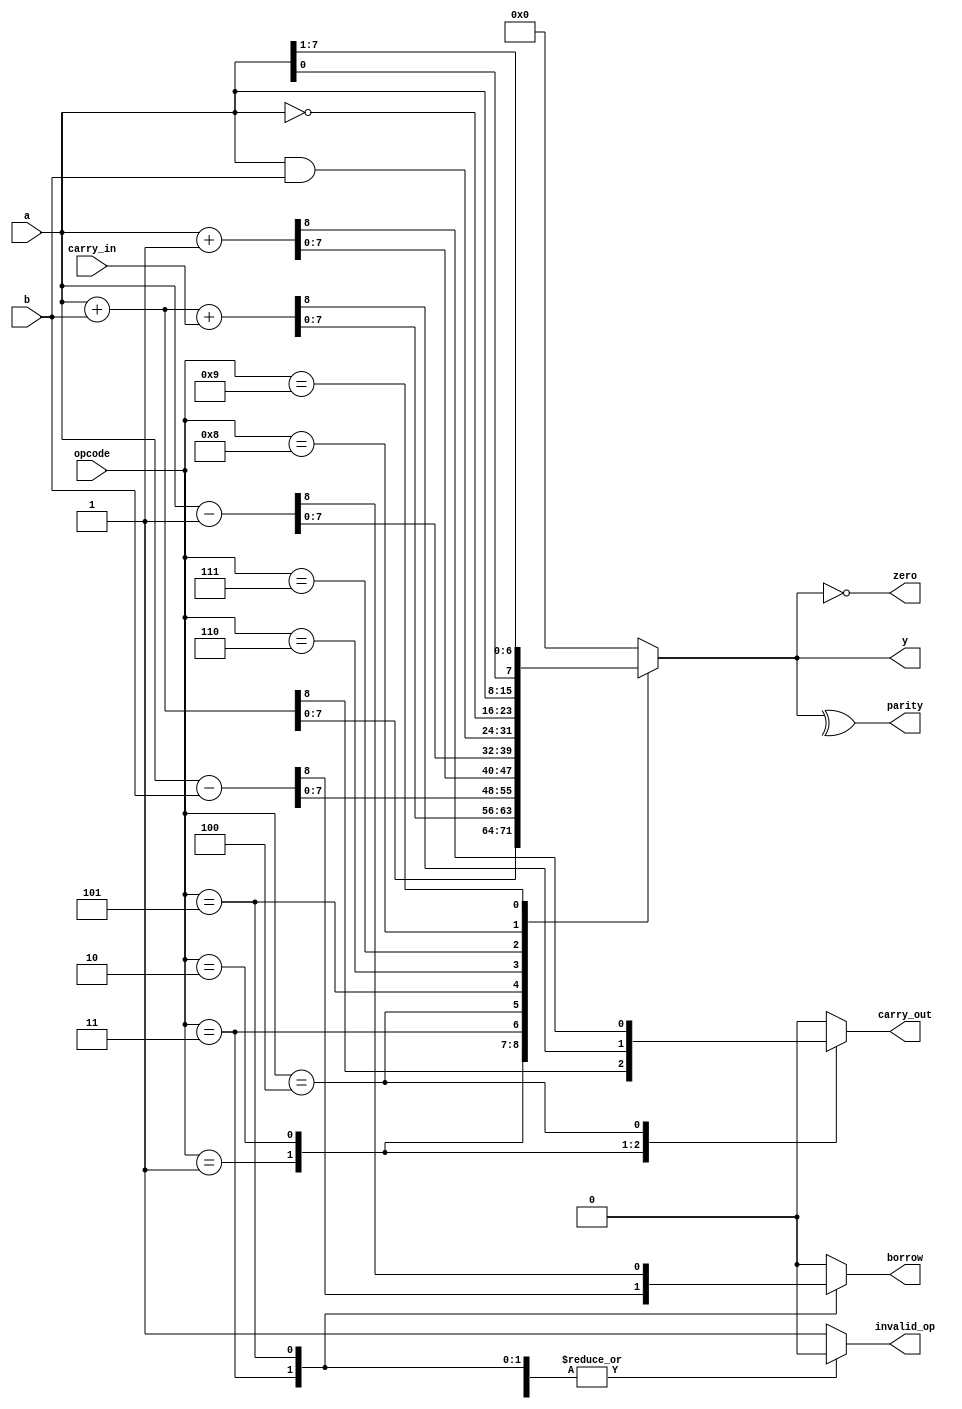
module ALU

    # (parameter BUS_WIDTH = 8) // setting the size of the ALU
    ( // Ports instantiation
        input [BUS_WIDTH-1: 0] a,
        input [BUS_WIDTH-1: 0] b,
        input carry_in,
        input [3:0] opcode,
        output reg [BUS_WIDTH-1: 0] y,
        output reg carry_out,
        output reg borrow,
        output zero,
        output parity,
        output reg invalid_op
    );
    
    //Define a list of opcodes

    localparam OP_ADD = 1; // A + B
    localparam OP_ADD_CARRY = 2; // A + B + CARRY
    localparam OP_SUB = 3; //SUB B FROM A
    localparam OP_INC = 4; // INCREMENT A
    localparam OP_DEC = 5; // DECREMENT A;
    localparam OP_AND = 6; // BITWISE AND
    localparam OP_NOT = 7; // NOT A
    localparam OP_ROL = 8; // ROTATE LEFT A
    localparam OP_ROR = 9; // ROTATE RIGHT A

    always @(*) begin
        y = 0; carry_out = 0; borrow = 0; invalid_op = 0;
            case(opcode) 
                OP_ADD      : begin {carry_out, y} = a + b; end // this has been corrected
                OP_ADD_CARRY: begin {carry_out, y} = a + b + carry_in; end
                OP_SUB      : begin {borrow, y} = a - b; end
                OP_INC      : begin {carry_out, y} = a + 1'b1; end
                OP_DEC      : begin {borrow, y} = a - 1'b1; end
                OP_AND      : begin y = a & b; end
                OP_NOT      : begin y = ~a; end
                OP_ROL      : begin y = {a[BUS_WIDTH-2: 0], a[BUS_WIDTH-1:0]}; end
                OP_ROR      : begin y = {a[0], a[BUS_WIDTH-1:1]}; end
                default: begin invalid_op = 1; end
            endcase
    end

    assign parity = ^y;
    assign zero = (y == 0);
    
endmodule